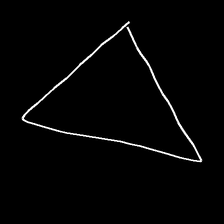
Glyph: convergence